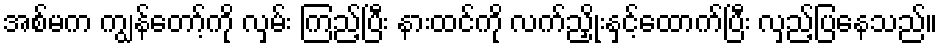
အစ်မက ကျွန်တော့်ကို လှမ်း ကြည့်ပြီး နားထင်ကို လက်ညှိုးနှင့်ထောက်ပြီး လှည့်ပြနေသည်။